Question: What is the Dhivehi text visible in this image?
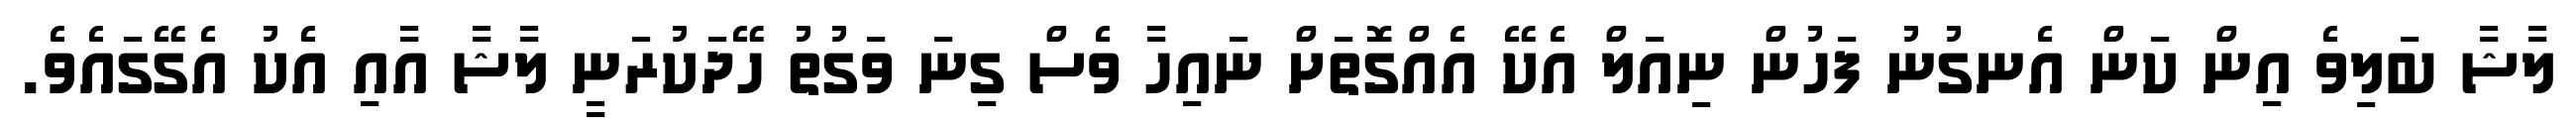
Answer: ލާޝާ ބަލިވެ އިން ކަން އެނގުނު ފަހުން ނިއަލް އެކޭ އެއްގޮތަށް ނައިހާ ވެސް ގިނަ ވަގުތު ހޭދަކުރަނީ ލާޝާ އާއި އެކު އެގޭގައެވެ.